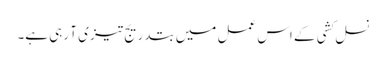
نسل کشی کے اس عمل میں بتدریج تیز ی آ رہی ہے۔